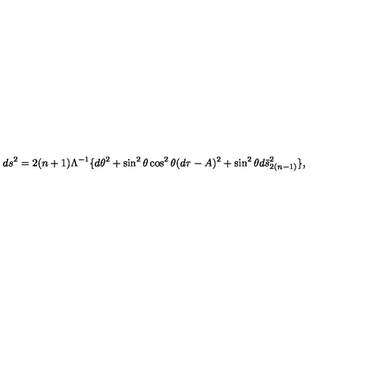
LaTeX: d s ^ { 2 } = 2 ( n + 1 ) \Lambda ^ { - 1 } \lbrace d \theta ^ { 2 } + \sin ^ { 2 } \theta \cos ^ { 2 } \theta ( d \tau - A ) ^ { 2 } + \sin ^ { 2 } \theta d \bar { s } _ { 2 ( n - 1 ) } ^ { 2 } \rbrace ,